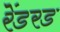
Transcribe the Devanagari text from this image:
रेंडरड